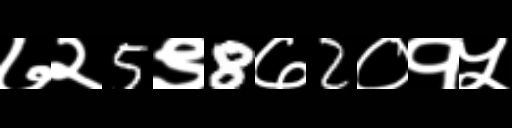
Text: ७२5९8७2०१५